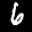
Label: 6